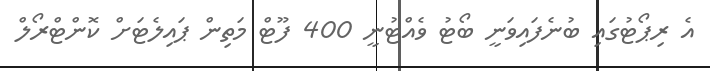
އެ ރިޕޯޓުގައި ބުނެފައިވަނީ ބޯޓު ވެއްޓުނީ 400 ފޫޓް މަތިން ޕައިލެޓަށް ކޮންޓްރޯލް